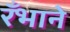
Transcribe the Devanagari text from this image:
रँभाने